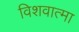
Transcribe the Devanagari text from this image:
विशवात्मा